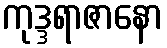
ကုဒ္ဒရာဇာနော